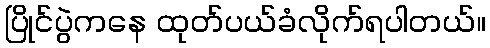
ပြိုင်ပွဲကနေ ထုတ်ပယ်ခံလိုက်ရပါတယ်။